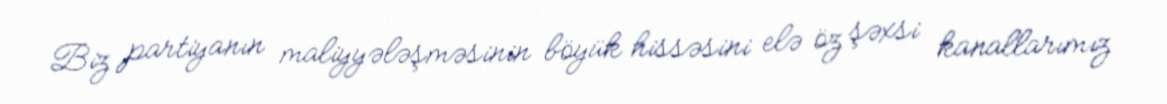
Biz partiyanın maliyyələşməsinin böyük hissəsini elə öz şəxsi kanallarımız